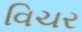
વિચર